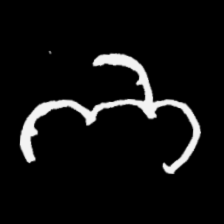
Pyu character \u2014 Myanmar letter: ဘ (romanized: bha)